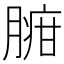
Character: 𦟉